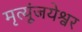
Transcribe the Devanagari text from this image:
मृत्यूंजयेश्वर